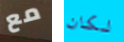
مع لكان